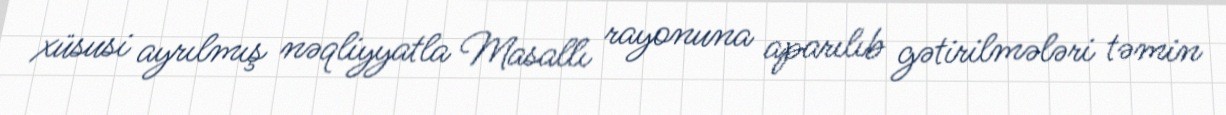
xüsusi ayrılmış nəqliyyatla Masallı rayonuna aparılıb gətirilmələri təmin